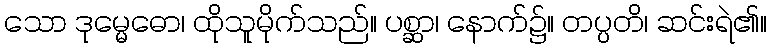
သော ဒုမ္မေဓော၊ ထိုသူမိုက်သည်။ ပစ္ဆာ၊ နောက်၌။ တပ္ပတိ၊ ဆင်းရဲ၏။